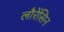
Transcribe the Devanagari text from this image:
लौरेंसिन